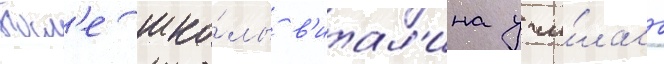
Посл'е шко́лы в'итал'ина учи́лась